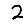
Digit: 2